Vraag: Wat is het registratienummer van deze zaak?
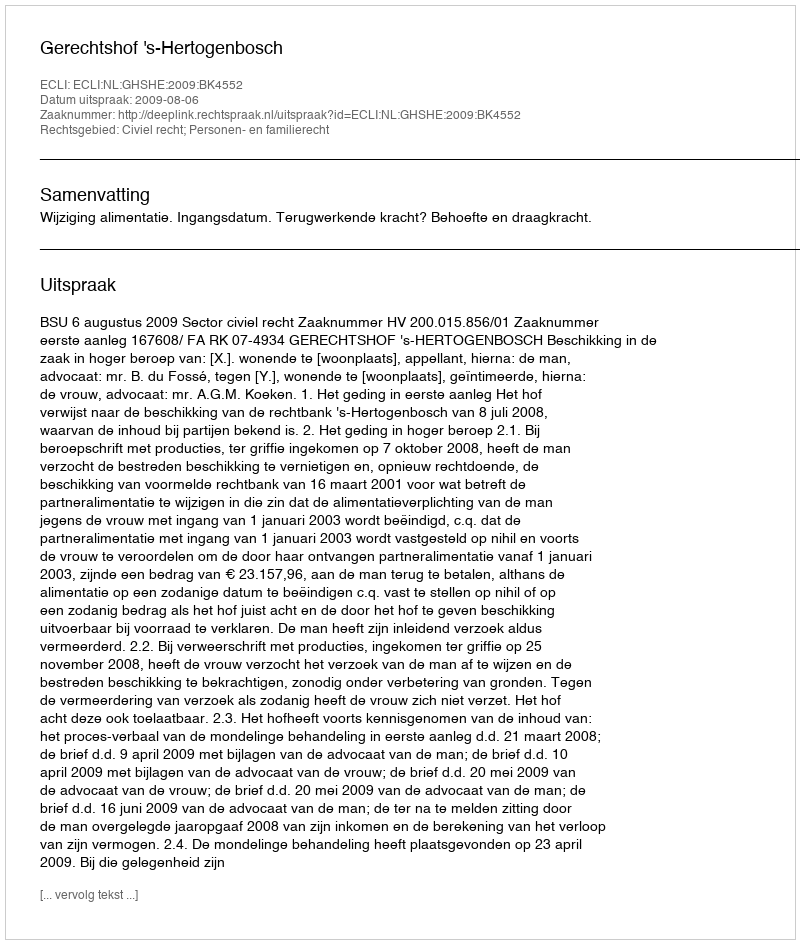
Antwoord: http://deeplink.rechtspraak.nl/uitspraak?id=ECLI:NL:GHSHE:2009:BK4552